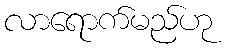
လာရောက်မည်ဟု